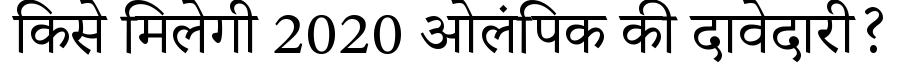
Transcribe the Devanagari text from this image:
किसे मिलेगी 2020 ओलंपिक की दावेदारी?